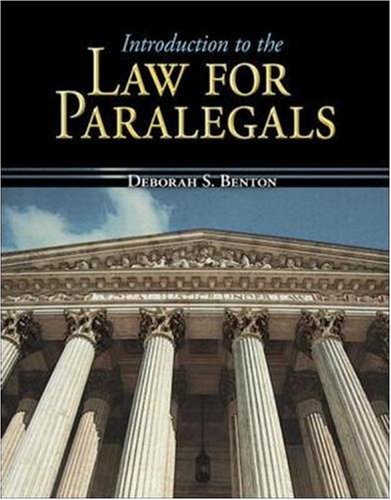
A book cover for Introduction to the Law for Paralegals (McGraw-Hill Business Careers Paralegal Titles); Deborah Benton; Children's Books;